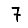
Digit: 7